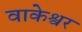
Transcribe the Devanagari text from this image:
वाकेश्वर